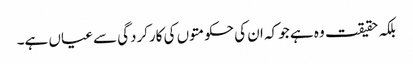
بلکہ حقیقت وہ ہے جو کہ ان کی حکومتوں کی کارکردگی سے عیاں ہے۔